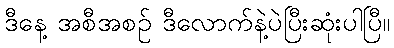
ဒီနေ့ အစီအစဉ် ဒီလောက်နဲ့ပဲပြီးဆုံးပါပြီ။